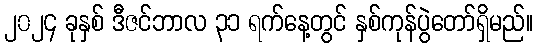
၂၀၂၄ ခုနှစ် ဒီဇင်ဘာလ ၃၁ ရက်နေ့တွင် နှစ်ကုန်ပွဲတော်ရှိမည်။